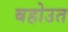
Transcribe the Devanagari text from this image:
बहोउत